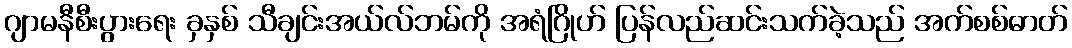
ဂျာမနီစီးပွားရေး ခှနှစ် သီချင်းအယ်လ်ဘမ်ကို အရံဂြိုဟ် ပြန်လည်ဆင်းသက်ခဲ့သည် အက်စစ်ဓာတ်